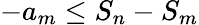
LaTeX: -a_{m}\leq S_{n}-S_{m}